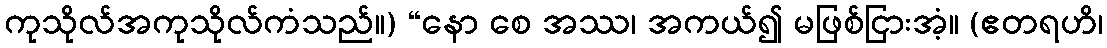
ကုသိုလ်အကုသိုလ်ကံသည်။) “နော စေ အဿ၊ အကယ်၍ မဖြစ်ငြားအံ့။ (ဧတရဟိ၊